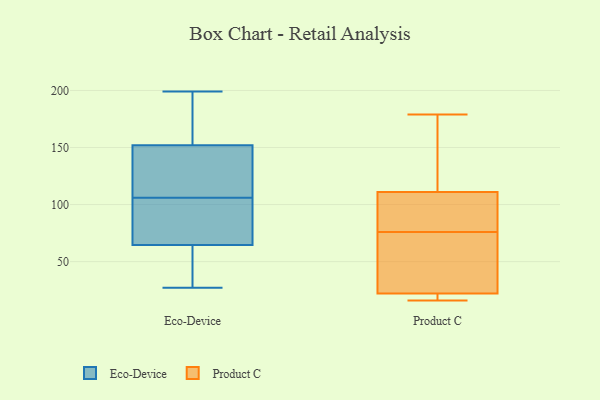
{"axis": {"x": "Market Share (%)", "y": "Value"}, "legend": ["Eco-Device", "Product C"], "data": [{"x": "", "y": 35, "type": "Eco-Device"}, {"x": "", "y": 96, "type": "Eco-Device"}, {"x": "", "y": 156, "type": "Eco-Device"}, {"x": "", "y": 102, "type": "Eco-Device"}, {"x": "", "y": 63, "type": "Eco-Device"}, {"x": "", "y": 157, "type": "Eco-Device"}, {"x": "", "y": 149, "type": "Eco-Device"}, {"x": "", "y": 69, "type": "Eco-Device"}, {"x": "", "y": 27, "type": "Eco-Device"}, {"x": "", "y": 156, "type": "Eco-Device"}, {"x": "", "y": 58, "type": "Eco-Device"}, {"x": "", "y": 144, "type": "Eco-Device"}, {"x": "", "y": 153, "type": "Eco-Device"}, {"x": "", "y": 40, "type": "Eco-Device"}, {"x": "", "y": 199, "type": "Eco-Device"}, {"x": "", "y": 113, "type": "Eco-Device"}, {"x": "", "y": 106, "type": "Eco-Device"}, {"x": "", "y": 110, "type": "Eco-Device"}, {"x": "", "y": 75, "type": "Eco-Device"}, {"x": "", "y": 75, "type": "Product C"}, {"x": "", "y": 179, "type": "Product C"}, {"x": "", "y": 76, "type": "Product C"}, {"x": "", "y": 20, "type": "Product C"}, {"x": "", "y": 111, "type": "Product C"}, {"x": "", "y": 103, "type": "Product C"}, {"x": "", "y": 22, "type": "Product C"}, {"x": "", "y": 16, "type": "Product C"}, {"x": "", "y": 17, "type": "Product C"}, {"x": "", "y": 85, "type": "Product C"}, {"x": "", "y": 76, "type": "Product C"}, {"x": "", "y": 156, "type": "Product C"}, {"x": "", "y": 140, "type": "Product C"}, {"x": "", "y": 29, "type": "Product C"}]}